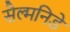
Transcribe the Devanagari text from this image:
सैल्मनिडे